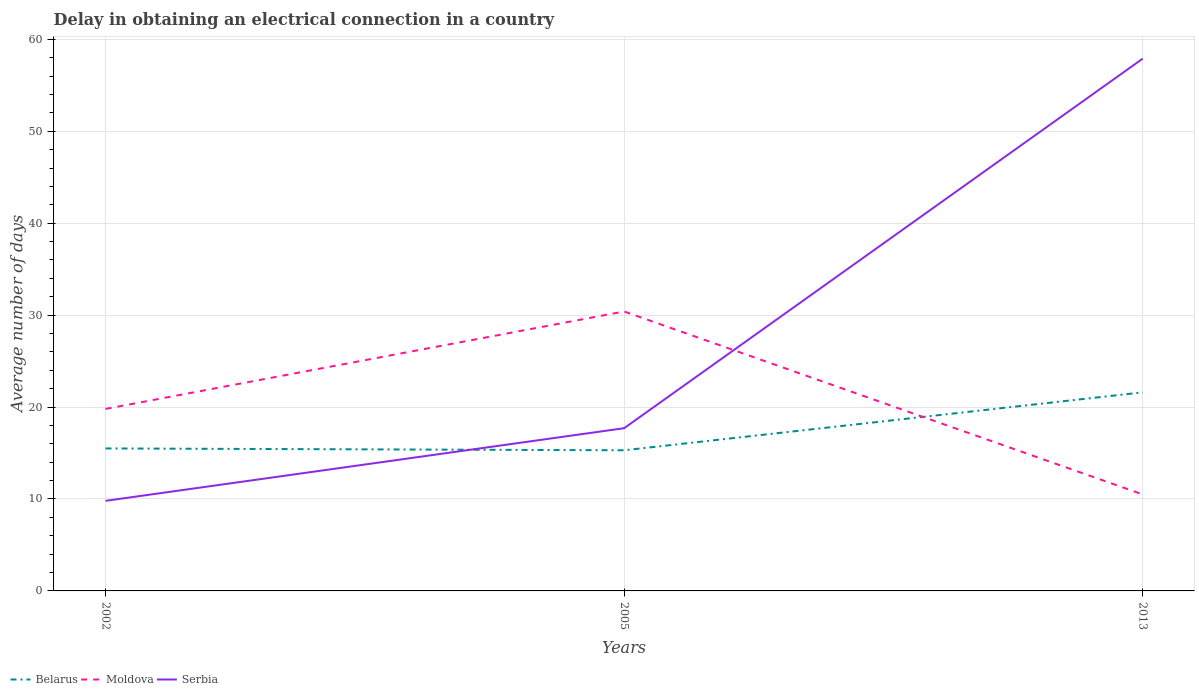
| Years | Belarus | Moldova | Serbia |
 | --- | --- | --- | --- |
 | 2002 | 15.5 | 19.8 | 9.8 |
 | 2005 | 15.3 | 30.4 | 17.7 |
 | 2013 | 21.6 | 10.5 | 57.9 |